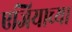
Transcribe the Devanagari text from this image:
एजियाच्या